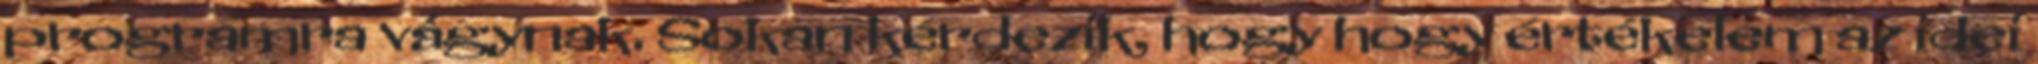
programra vágynak. Sokan kérdezik, hogy hogy értékelem az idei